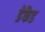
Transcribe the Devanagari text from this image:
डेफैड